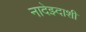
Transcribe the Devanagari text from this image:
नादेझ्दाशी